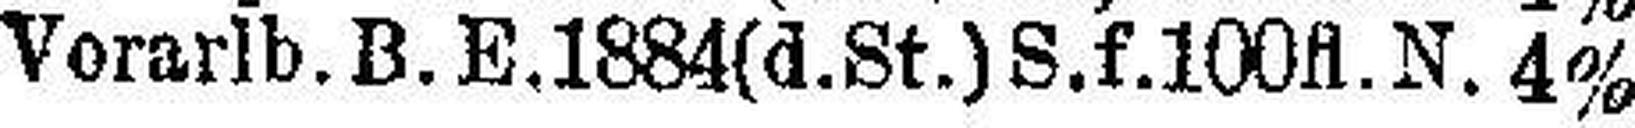
Vorarlb. B. E.1884(d.St.)S.f.100 fl.N. 4%